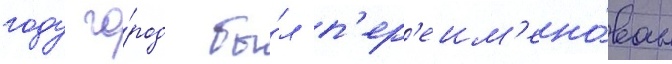
году го́род бы́л п'ер'еим'ено́ван